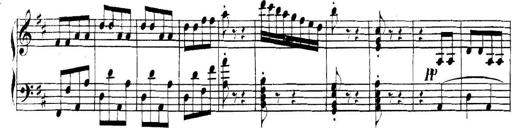
Title: Collected Piano Sonatas
Composer: Muzio Clementi